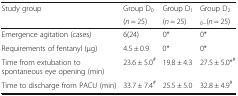
<table><thead><tr><td rowspan="2"><b>Study group</b></td><td><b>Group D<sub>0</sub></b></td><td><b>Group D<sub>1</sub></b></td><td><b>Group D<sub>2</sub></b></td></tr><tr><td><b>(<i>n</i> = 25)</b></td><td><b>(<i>n</i> = 25)</b></td><td><b><sub>0−</sub>(<i>n</i> = 25)</b></td></tr></thead><tbody><tr><td>Emergence agitation (cases)</td><td>6(24)</td><td>0*</td><td>0*</td></tr><tr><td>Requirements of fentanyl (μg)</td><td>4.5 ± 0.9</td><td>0*</td><td>0*</td></tr><tr><td>Time from extubation tospontaneous eye opening (min)</td><td>23.6 ± 5.0<sup>#</sup></td><td>19.8 ± 4.3</td><td>27.5 ± 5.0*<sup>#</sup></td></tr><tr><td>Time to discharge from PACU (min)</td><td>33.7 ± 7.4<sup>#</sup></td><td>25.5 ± 5.0</td><td>32.8 ± 4.9<sup>#</sup></td></tr></tbody></table>